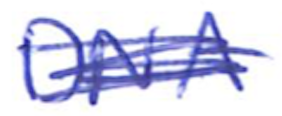
Text: DNA
Cross-out: scratch
Writing tool: ballpoint